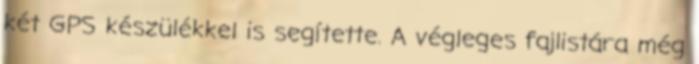
két GPS készülékkel is segítette. A végleges fajlistára még